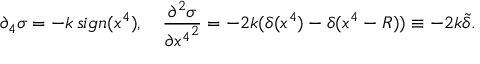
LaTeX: \partial _ { 4 } \sigma = - k \, s i g n ( x ^ { 4 } ) , \quad \frac { \partial ^ { 2 } \sigma } { \partial { x ^ { 4 } } ^ { 2 } } = - 2 k ( \delta ( x ^ { 4 } ) - \delta ( x ^ { 4 } - R ) ) \equiv - 2 k \tilde { \delta } .